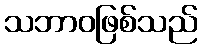
သဘာဝဖြစ်သည်